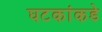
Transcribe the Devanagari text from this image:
घटकांकडे